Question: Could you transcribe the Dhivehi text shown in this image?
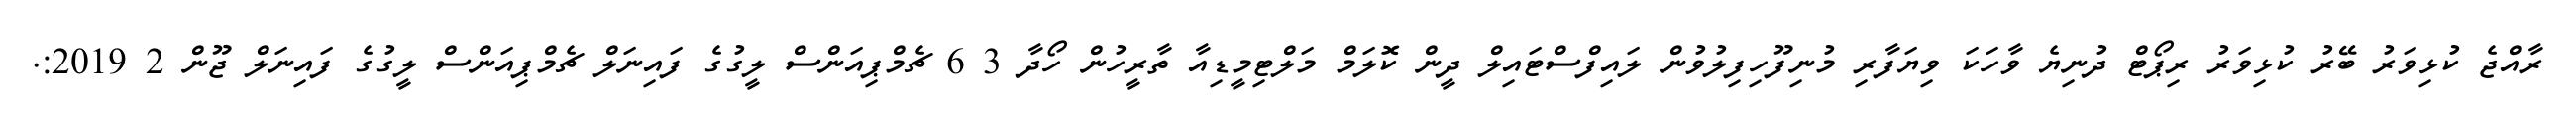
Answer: ރާއްޖެ ކުޅިވަރު ބޭރު ކުޅިވަރު ރިޕޯޓް ދުނިޔެ ވާހަކަ ވިޔަފާރި މުނިފޫހިފިލުވުން ލައިފްސްޓައިލް ދީން ކޮލަމް މަލްޓިމީޑިއާ ތާރީހުން ހޯދާ 3 6 ޗެމްޕިއަންސް ލީގުގެ ފައިނަލް ޗެމްޕިއަންސް ލީގުގެ ފައިނަލް ޖޫން 2 2019:.